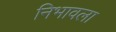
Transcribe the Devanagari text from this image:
निभावला